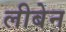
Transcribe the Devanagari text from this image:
लीबेन